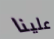
علينا